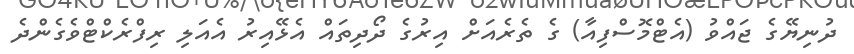
ދުނިޔޭގެ ޖައްވު (އެޓްމޮސްފިއާ) ގެ ތެރެއަށް އިރުގެ ދޯދިތައް އެޅޭއިރު އެއަލި ރިފްރެކްޓްވެގެންދެ